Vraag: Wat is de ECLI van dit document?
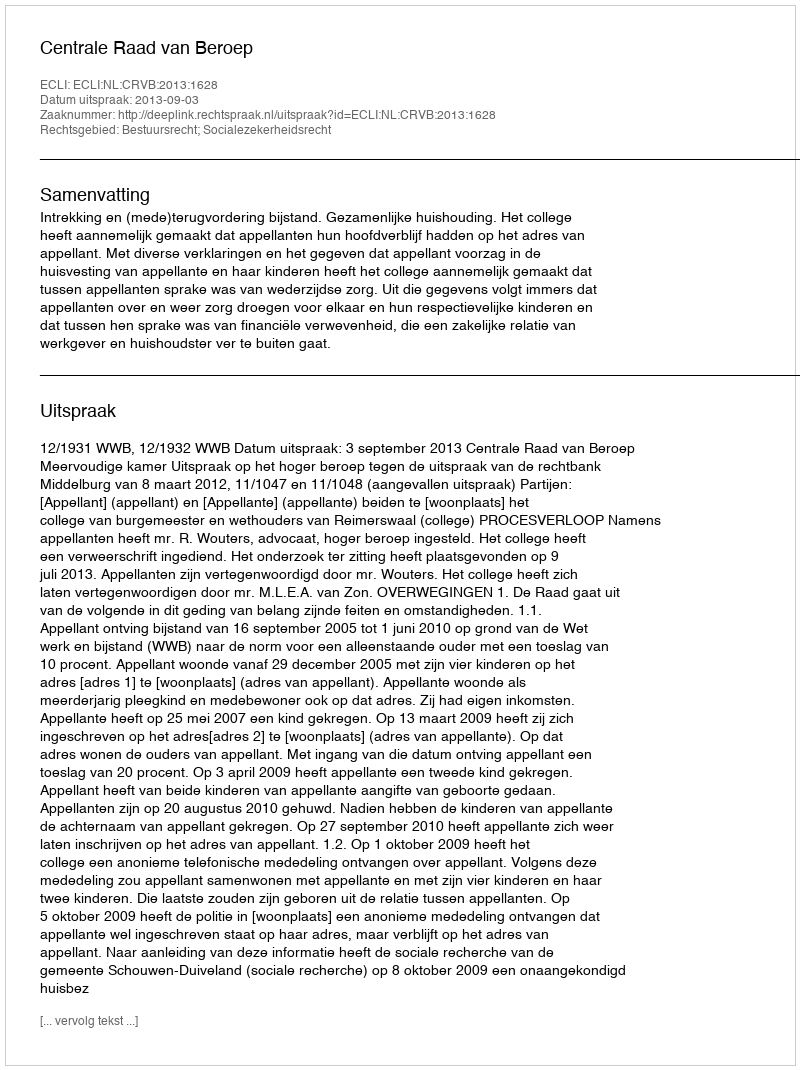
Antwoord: ECLI:NL:CRVB:2013:1628